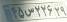
۴۵ص۲۲۶۲۹